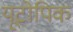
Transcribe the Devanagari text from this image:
यूटोपिक